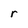
Character: r